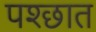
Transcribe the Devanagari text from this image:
पश्छात